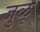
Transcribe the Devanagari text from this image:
जुळू